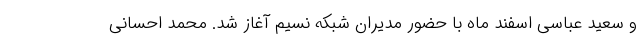
و سعید عباسی اسفند ماه با حضور مدیران شبکه نسیم آغاز شد. محمد احسانی